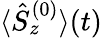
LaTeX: {\langle\hat{S}_{z}^{(0)}\rangle(t)}